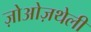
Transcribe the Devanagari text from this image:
ज़ोओज़थेली